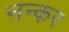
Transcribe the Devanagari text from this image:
नन्कर